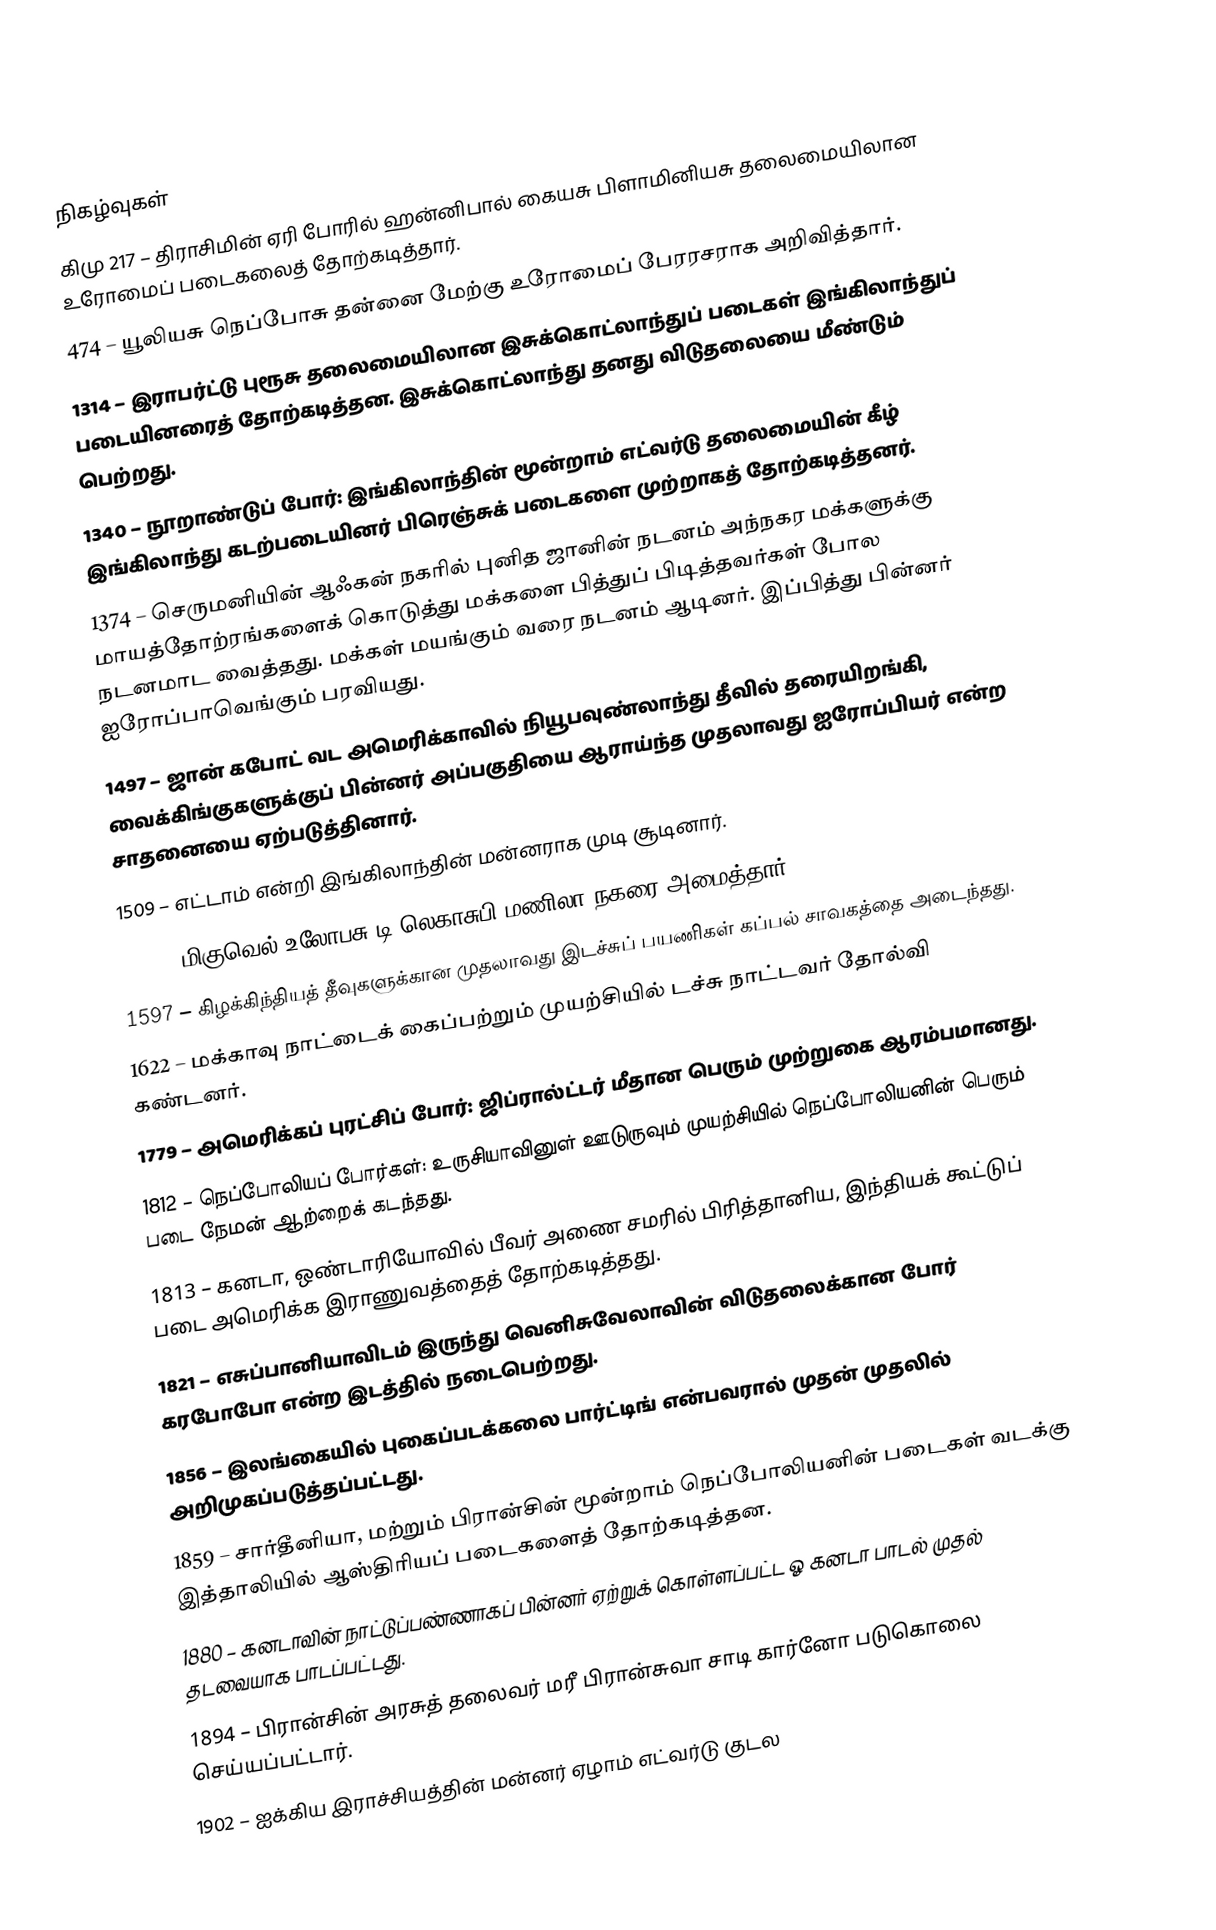

நிகழ்வுகள்
கிமு 217 – திராசிமின் ஏரி போரில் ஹன்னிபால் கையசு பிளாமினியசு தலைமையிலான உரோமைப் படைகலைத் தோற்கடித்தார்.
 474 – யூலியசு நெப்போசு தன்னை மேற்கு உரோமைப் பேரரசராக அறிவித்தார்.
1314 – இராபர்ட்டு புரூசு தலைமையிலான இசுக்கொட்லாந்துப் படைகள் இங்கிலாந்துப் படையினரைத் தோற்கடித்தன. இசுக்கொட்லாந்து தனது விடுதலையை மீண்டும் பெற்றது.
1340 – நூறாண்டுப் போர்: இங்கிலாந்தின் மூன்றாம் எட்வர்டு தலைமையின் கீழ் இங்கிலாந்து கடற்படையினர் பிரெஞ்சுக் படைகளை முற்றாகத் தோற்கடித்தனர்.
1374 – செருமனியின் ஆஃகன் நகரில் புனித ஜானின் நடனம் அந்நகர மக்களுக்கு மாயத்தோற்ரங்களைக் கொடுத்து மக்களை பித்துப் பிடித்தவர்கள் போல நடனமாட வைத்தது. மக்கள் மயங்கும் வரை நடனம் ஆடினர். இப்பித்து பின்னர் ஐரோப்பாவெங்கும் பரவியது.
1497 – ஜான் கபோட் வட அமெரிக்காவில் நியூபவுண்லாந்து தீவில் தரையிறங்கி, வைக்கிங்குகளுக்குப் பின்னர் அப்பகுதியை ஆராய்ந்த முதலாவது ஐரோப்பியர் என்ற சாதனையை ஏற்படுத்தினார்.
1509 – எட்டாம் என்றி இங்கிலாந்தின் மன்னராக முடி சூடினார்.
1571 – மிகுவெல் உலோபசு டி லெகாசுபி மணிலா நகரை அமைத்தார்.
1597 – கிழக்கிந்தியத் தீவுகளுக்கான முதலாவது இடச்சுப் பயணிகள் கப்பல் சாவகத்தை அடைந்தது.
1622 – மக்காவு நாட்டைக் கைப்பற்றும் முயற்சியில் டச்சு நாட்டவர் தோல்வி கண்டனர்.
1779 – அமெரிக்கப் புரட்சிப் போர்: ஜிப்ரால்ட்டர் மீதான பெரும் முற்றுகை ஆரம்பமானது.
1812 – நெப்போலியப் போர்கள்: உருசியாவினுள் ஊடுருவும் முயற்சியில் நெப்போலியனின் பெரும் படை நேமன் ஆற்றைக் கடந்தது.
1813 – கனடா, ஒண்டாரியோவில் பீவர் அணை சமரில் பிரித்தானிய, இந்தியக் கூட்டுப் படை அமெரிக்க இராணுவத்தைத் தோற்கடித்தது.
1821 – எசுப்பானியாவிடம் இருந்து வெனிசுவேலாவின் விடுதலைக்கான போர் கரபோபோ என்ற இடத்தில் நடைபெற்றது.
1856 – இலங்கையில் புகைப்படக்கலை பார்ட்டிங் என்பவரால் முதன் முதலில் அறிமுகப்படுத்தப்பட்டது.
1859 – சார்தீனியா, மற்றும் பிரான்சின் மூன்றாம் நெப்போலியனின் படைகள் வடக்கு இத்தாலியில் ஆஸ்திரியப் படைகளைத் தோற்கடித்தன.
1880 – கனடாவின் நாட்டுப்பண்ணாகப் பின்னர் ஏற்றுக் கொள்ளப்பட்ட ஓ கனடா பாடல் முதல் தடவையாக பாடப்பட்டது.
1894 – பிரான்சின் அரசுத் தலைவர் மரீ பிரான்சுவா சாடி கார்னோ படுகொலை செய்யப்பட்டார்.
1902 – ஐக்கிய இராச்சியத்தின் மன்னர் ஏழாம் எட்வர்டு குடல